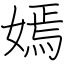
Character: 嫣